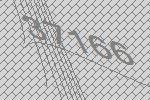
37166